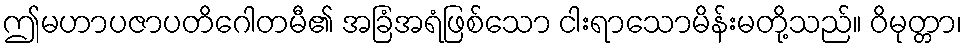
ဤမဟာပဇာပတိဂေါတမီ၏ အခြံအရံဖြစ်သော ငါးရာသောမိန်းမတို့သည်။ ဝိမုတ္တာ၊